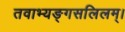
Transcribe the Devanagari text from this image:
तवाभ्यङ्गसलिलम्।